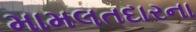
મામલતદારના